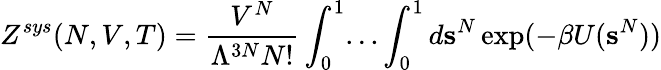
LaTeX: Z^{sys}(N,V,T)={\frac{V^{N}}{\Lambda^{3N}N!}}\int_{0}^{1}...\int_{0}^{1}d\mathbf{s}^{N}\exp(-\beta U(\mathbf{s}^{N}))